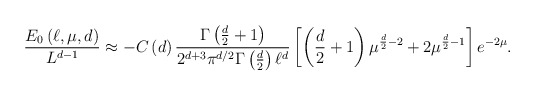
\begin{align*}\frac{E_{0}\left( \ell ,\mu ,d\right) }{L^{d-1}}\approx -C\left( d\right) \frac{\Gamma \left( \frac{d}{2}+1\right) }{2^{d+3}\pi ^{d/2}\Gamma \left( \frac{d}{2}\right) \ell ^{d}}\left[ \left( \frac{d}{2}+1\right) \mu ^{\frac{d}{2}-2}+2\mu ^{\frac{d}{2}-1}\right] e^{-2\mu }.\end{align*}